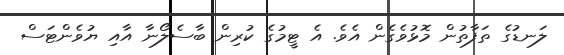
ލަނޑުގެ ތަފާތުން މޮޅުވެގެން އެވެ. އެ ޓީމުގެ ކުރިން ބާސެލޯނާ އާއި ޔުވެންޓަސް